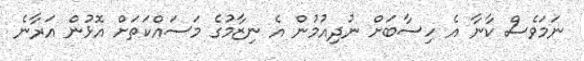
ނަމަވެސް ކާނާ އެ ހިސާބަށް ނުދިއުމުން އެ ނިޒާމުގެ މަސައްކަތަށް އޮޅުން އަރާނެ